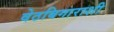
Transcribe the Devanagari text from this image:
वेठबिगाराशी